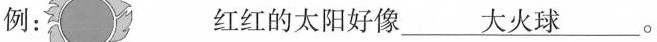
例：红红的太阳好像\underline{大火球}